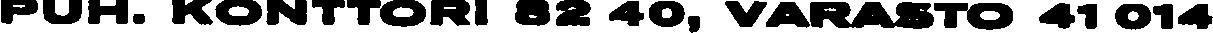
PUH. KONTTORI 82 40, VARASTO 41 014